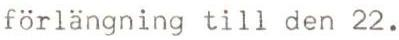
förlängning till den 22.